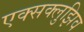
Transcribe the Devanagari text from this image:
एक्सक्लुझिव